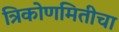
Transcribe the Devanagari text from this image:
त्रिकोणमितीचा